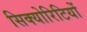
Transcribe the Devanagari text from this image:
सिक्योरिटियों